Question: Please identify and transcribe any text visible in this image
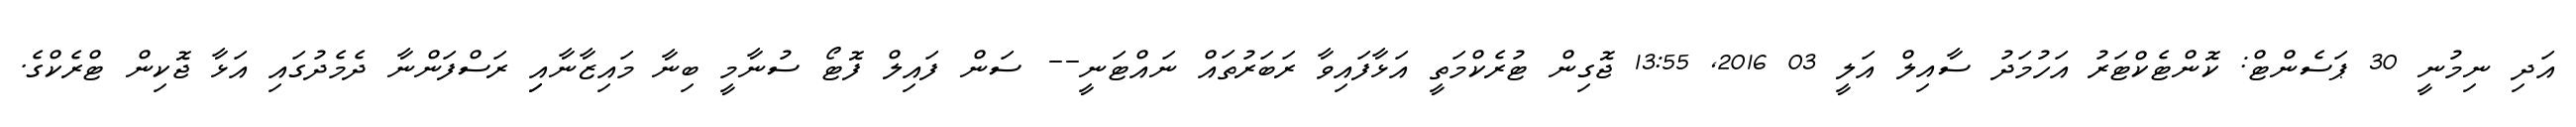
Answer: އަދި ނިމުނީ 30 ޕަސެންޓް: ކޮންޓެކްޓަރު އަހުމަދު ސާއިލް އަލީ 03 2016, 13:55 ޖޮގިން ޓުރެކްމަތީ އަޅާފައިވާ ރަބަރުތައް ނައްޓަނީ-- ސަން ފައިލް ފޮޓޯ ސުނާމީ ބިނާ މައިޒާނާއިި ރަސްފަންނާ ދެމެދުގައި އަޅާ ޖޮކިން ޓްރެކްގެ.